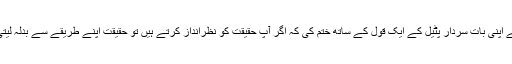
گلہ نے اپنی بات سردار پٹیل کے ایک قول کے ساتھ ختم کی کہ اگر آپ حقیقت کو نظرانداز کرتے ہیں تو حقیقت اپنے طریقے سے بدلہ لیتی ہے۔